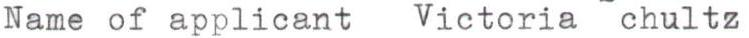
Name of applicant Victoria chultz